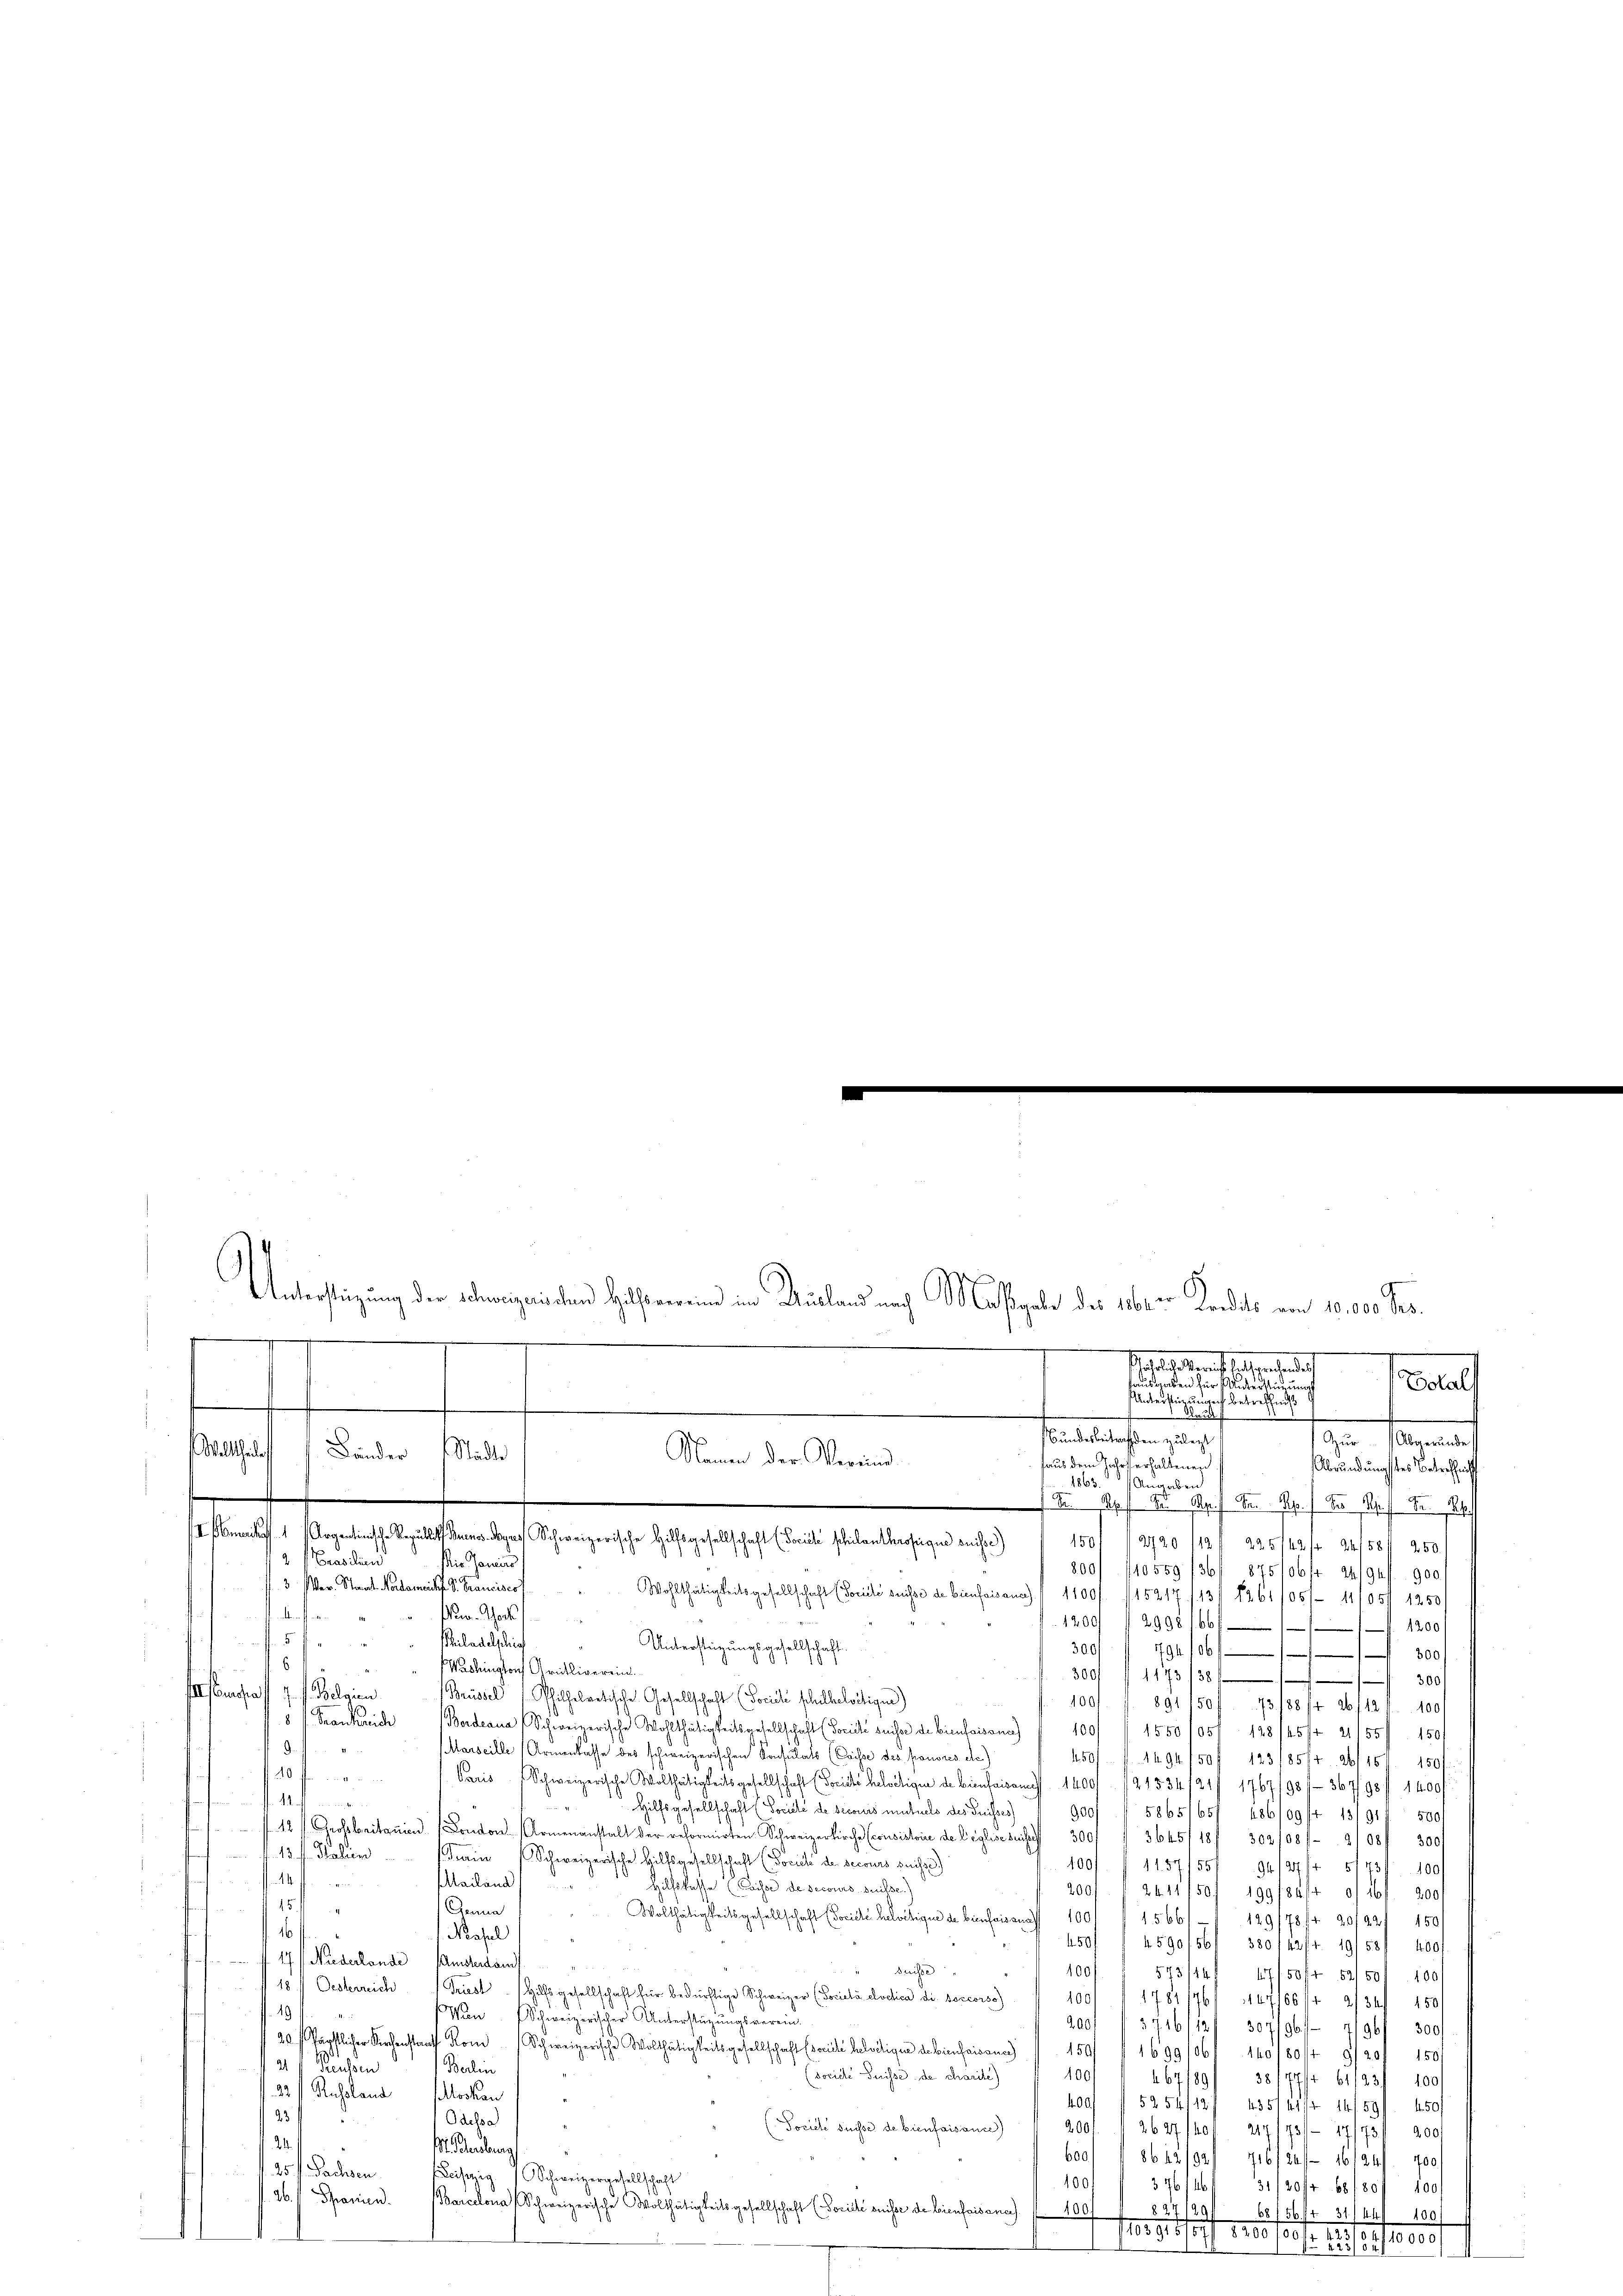
.
.
Zur Abgerunde
Abründungstes Betreffnis
800/110559/36/ 875/06fr. 24/92 f. 900.
3 (Ver. Staat Nordameif S. Trancisco
Wohlthätigkeitsgesellschaft (Soviele suisse de bien faisanct / 11001. 145217 (131 1261105/ 11/051 1250
r. hort
kunft ge
1200 /2998166 1200/
5
hiladelphis
Unterstützungsgesellschaft.
300
794. 16300
6
Washington Grütliverein.
300f
1173/38300
uefast 7. d. Belgien
Brüssel Philhelvetische Gesellschaft (Socicki schulbeleitigen)
100.
891150 f. 73. 1884 26/11 100
8 f. Frankreich Bordeana Schweizerische Wohlthätigkeitsgesellschaft (Sorité suchte de bien faisans 1 100 f 1550/05/ 128/45/ 21155/ 150f
.
Marseille Armenkasse des schweizerischen Konsulats (Caisse des pronones de
507 f. 1094. 150 f 123 /8514. ab 151. 150
20 f
Paris Schweizerische Wolthätigkeitsgesellschaft (Forial Belästigen de bien sei am 1400/ 121534/31 1767/98/36798 f. 1400f
und ein stattet eine
.
Hilfsgesellschaft. Soviele de secariis mittels des Suisses / 900 f 5865/65/ 186/09/4 13191/ 500
f 12 f. Großbritanien London Armenanstalt der reformirten Schweizerkirche Econsistoire der Eglischeite 300f
3645/18/ 302/08/2/08f 300
fl. 13 f. Italien
Frain Schweizerische Hilfsgesellschaft (Pocich der secours suchs)
100
1157/55/ 94127/1 5173. 100
enfalle den
ailand
Hilfskasse (Bisse de secours suisse.)
200/ / 24. 11/50/ 199/841 f 26 f 2001
5
Conna
Wolthätigkeitsgesellschaft (Société helvetique de bienfaisana
100
1566
129/78/4 901 221 150f
16 ff
Nasel
450
4590/56/ 300 f 23 fr. 19158/ 400f
17.) Niederlande Amstesand
e
100/
593/14/ 17150fr 82501 100/
10f Oesterreich Griest. Hilfsgesellschaft für bedürftige Schweizer (Pocietà elvetica die soccorso)
100.
1784/76/ 1149/50/4 2134. 150/
 19
Mun. Schweizerischer Unterstüzungsverein-
200. 3716/12 f 307/96-7196. 300
20 päpstlicher Kirchenstaat Rom. Schweizerische Wolthätigkeitsgesellschaft (soviele helvetiger de bienfaisanc
150 f 1699/061. 140/80/4 9/201 150f
12 Reussen
Berlin
100f
(soviele Suisse de charite)
38177 ff. 61131 100
1. 67. 89
23 / Russland Moskau
400f
5254/12/
3514/ 1890
123
Odelsa
200f
(Societe suisse de bienfaisance)
3627/40/ 217/73/ 17193/ 200.
24.1
M. erbaug
600/ 1 86 12/921 716 f 24. 16124. 700
125 f. Sachsen
iszig Schweizergesellschaft
100.
376/4631/20fr. 807 400
26. Schanien. Barcelona Schweizerische Wolthätigkeitsgesellschaft (Société suisse de bienfois ane
100.
827/4
68
156. 31/44/100.
Moserstoff gestel
1r 623/84,10000f

Unterstüzungen betreffend
.
.
 Glaub
3
Bundesbeitrachen zulezt
Welttheilte
Bunder
 Städte
Namen der Vereind
haus dem Jahrs erhaltenen
1863. Angaben
2 Rp. 9. April d. M. der Ah.
 mich Argantinische Republik Huenes Boyes Schweizerische Hilfsgesellschaft (Soviel schilanthrofrigen seisc
150
2720 /12/225/42/24/50/ 250
12. Mailand
ie Jani

Unterstüzung der Schweizerischen Hilfsvereine im Ausland nach Maßgabe des 1860 er Kredits von 10,000 Frs.
1
Gestalt enthalt gestandelt
ausgaben für untertheidung
Totals